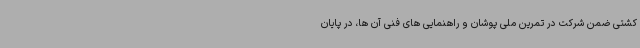
کشتی ضمن شرکت در تمرین ملی پوشان و راهنمایی های فنی آن ها، در پایان